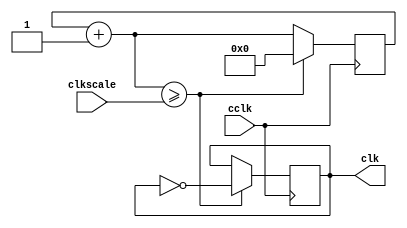
module clock_divider(
    input cclk, //input faster clock
    input [31:0] clkscale, //slowing down scale
    output reg clk //slowed down output clock
);

reg[31:0] clkq = 0;

always@(posedge cclk)
    begin
        clkq=clkq+1;
            if(clkq>=clkscale)
                begin
                    clk=~clk;
                    clkq=0;
                end
    end
endmodule